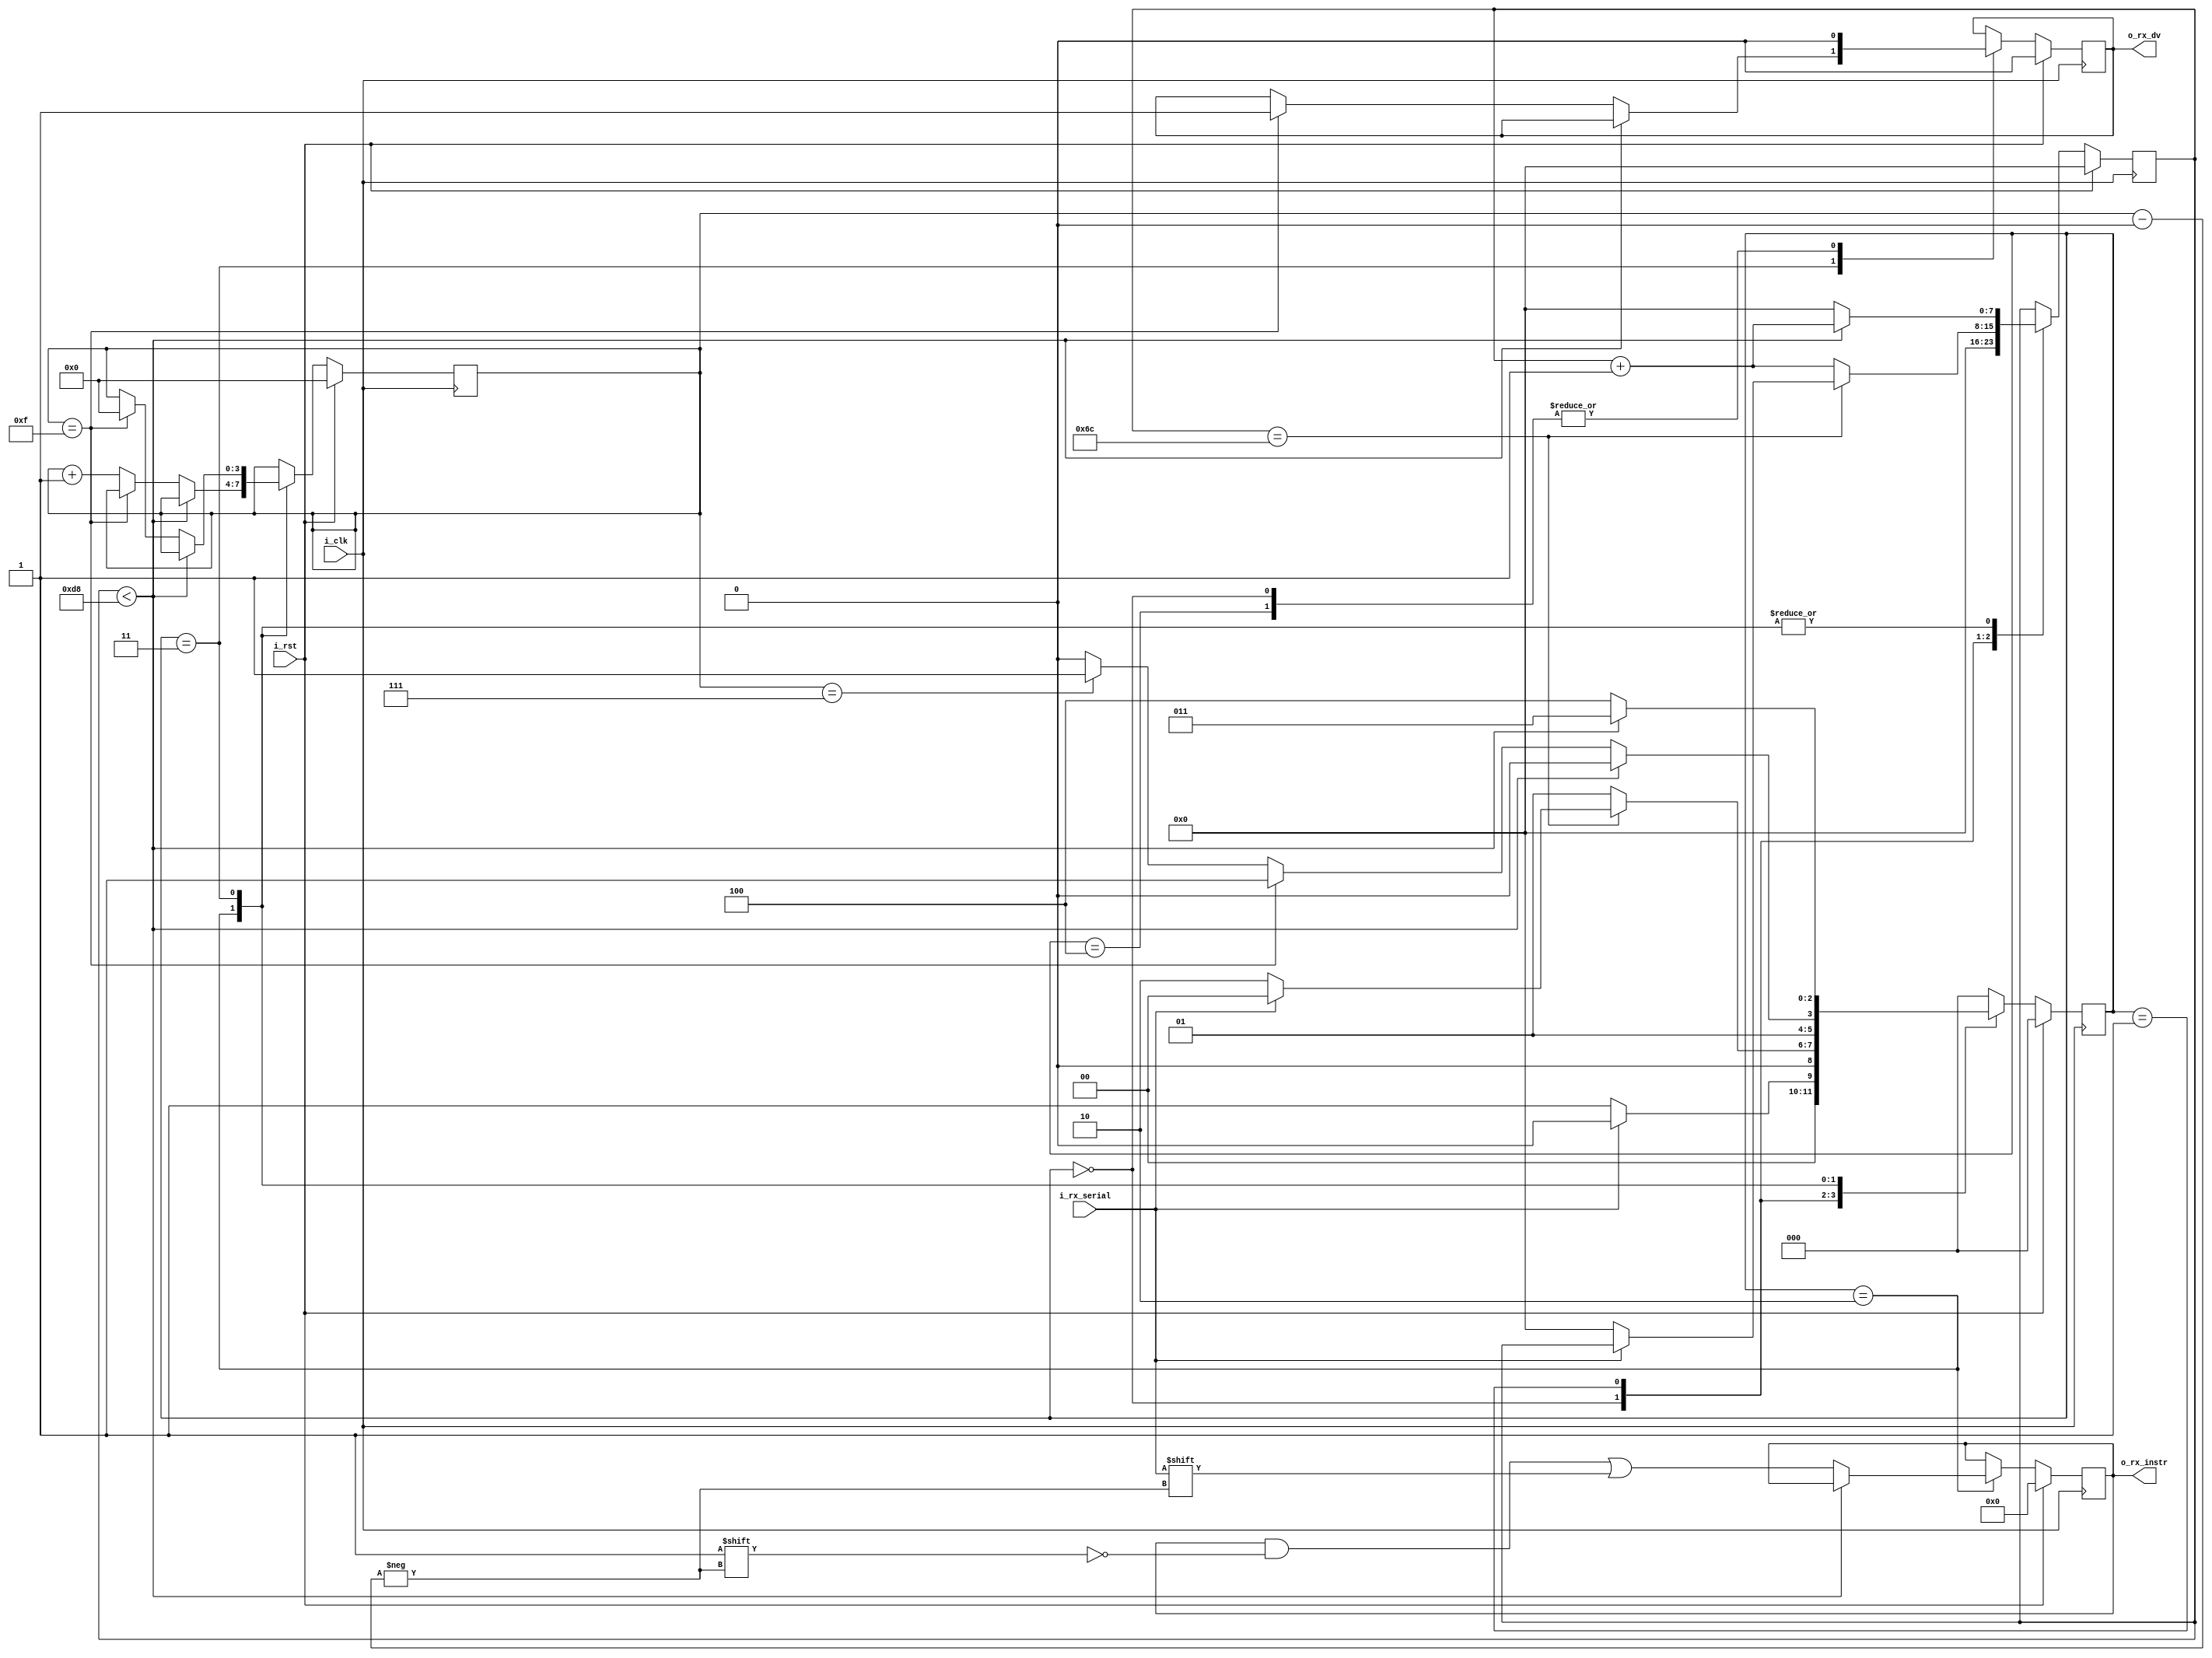
// Instruction Receiver for the FRANK6000 processor
// 
// Set Parameter CLKS_PER_BIT as follows:
// CLKS_PER_BIT = (Frequency of i_Clock)/(Frequency of UART)
// Example: 25 MHz Clock, 115200 baud UART
// (25000000)/(115200) = 217
 
module Instr_RX #(parameter CLKS_PER_BIT = 217) (
    input         i_rx_serial, i_clk, i_rst, 
    output [15:0] o_rx_instr,
    output        o_rx_dv);
   
    parameter IDLE         = 3'b000;
    parameter RX_START_BIT = 3'b001;
    parameter RX_DATA_BITS = 3'b010;
    parameter RX_STOP_BIT  = 3'b011;
    parameter CLEANUP      = 3'b100;
  
    reg  [7:0] r_clk_count = 0;
    reg  [3:0] r_bit_idx   = 0; // 16 bits total (=2 UART messages)
    reg [15:0] r_rx_instr  = 0;
    reg        r_rx_dv     = 0;
    reg  [2:0] r_state     = 0;
 
    // Purpose: Control RX state machine
    always @(posedge i_clk) begin
        if (i_rst) begin
            r_clk_count <= 0;
            r_bit_idx   <= 0;
            r_rx_instr  <= 0;
            r_rx_dv     <= 0;
            r_state     <= IDLE; 
        end
        else begin
            case (r_state)
                IDLE : begin
                    r_rx_dv     <= 1'b0;
                    r_clk_count <= 0;

                    if (i_rx_serial == 1'b0) r_state <= RX_START_BIT;  // Start bit detected
                    else r_state <= IDLE;
                end 
      
                // Check middle of start bit to make sure it's still low
                RX_START_BIT : begin
                    if (r_clk_count == (CLKS_PER_BIT-1)/2) begin
                        if (i_rx_serial == 1'b0) begin
                            r_clk_count <= 0;  // reset counter, found the middle
                            r_state     <= RX_DATA_BITS;
                        end
                        else r_state <= IDLE;
                    end
                    else begin
                        r_clk_count <= r_clk_count + 1;
                        r_state     <= RX_START_BIT;
                    end
                end 
      
                // Wait CLKS_PER_BIT-1 clock cycles to sample serial data
                RX_DATA_BITS : begin
                    if (r_clk_count < CLKS_PER_BIT-1) begin
                        r_clk_count <= r_clk_count + 1;
                        r_state     <= RX_DATA_BITS;
                    end
                    else begin
                        r_clk_count           <= 0;
                        r_rx_instr[r_bit_idx] <= i_rx_serial;
            
                        // Check if we have received all bits
                        if (r_bit_idx == 15) begin
                            r_state <= RX_STOP_BIT;
                        end
                        else if (r_bit_idx == 7) begin
                            r_bit_idx <= r_bit_idx + 1;
                            r_state   <= RX_STOP_BIT;
                        end
                        else begin // r_bit_idx !=7 and r_bit_idx < 15
                            r_bit_idx <= r_bit_idx + 1;
                            r_state   <= RX_DATA_BITS;
                        end
                    end
                end 
     
                // Receive Stop bit.  Stop bit = 1
                RX_STOP_BIT : begin
                    // Wait CLKS_PER_BIT-1 clock cycles for Stop bit to finish
                    if (r_clk_count < CLKS_PER_BIT-1) begin
                        r_clk_count <= r_clk_count + 1;
     	                r_state     <= RX_STOP_BIT;
                    end
                    else begin
       	                if (r_bit_idx == 15) begin 
                            r_rx_dv   <= 1'b1;
                            r_bit_idx <= 0;
                        end
                        r_clk_count <= 0;
                        r_state     <= CLEANUP;
                    end
                end 
      
                // Stay here 1 clock
                CLEANUP : begin
                    r_state <= IDLE;
                    r_rx_dv <= 1'b0;
                end
      
                default : r_state <= IDLE;
            endcase
        end
    end
  
    assign o_rx_instr = r_rx_instr;
    assign o_rx_dv    = r_rx_dv;
  
endmodule